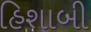
હિશાબી